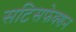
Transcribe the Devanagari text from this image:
सटिसफेक्शन